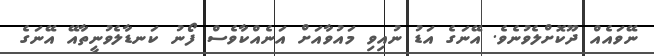
ނޭވައެއް ދޫކޮށްލެވުނެވެ. އޭނަގެ އަޑު ނުއިވި މައުވާއަށް އަނެއްކާވެސް ފޯނު ކަނޑާލެވުނީތާއޭ އޭނަގެ